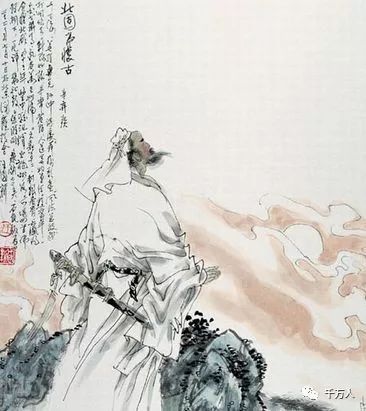
千古江山，英雄无觅孙仲谋处。